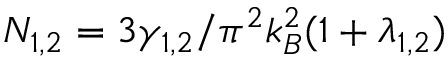
N _ { 1 , 2 } = 3 \gamma _ { 1 , 2 } / \pi ^ { 2 } k _ { B } ^ { 2 } ( 1 + \lambda _ { 1 , 2 } )